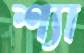
শ্যা